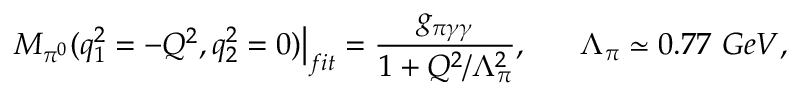
\left. M _ { \pi ^ { 0 } } ( q _ { 1 } ^ { 2 } = - Q ^ { 2 } , q _ { 2 } ^ { 2 } = 0 ) \right| _ { f i t } = \frac { g _ { \pi \gamma \gamma } } { 1 + Q ^ { 2 } / \Lambda _ { \pi } ^ { 2 } } , \ \ \ \ \ \Lambda _ { \pi } \simeq 0 . 7 7 \ G e V ,